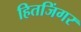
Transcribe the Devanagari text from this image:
हितजिंगर